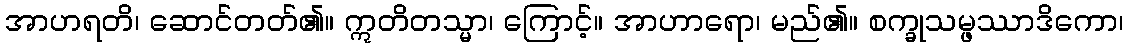
အာဟရတိ၊ ဆောင်တတ်၏။ ဣတိတသ္မာ၊ ကြောင့်။ အာဟာရော၊ မည်၏။ စက္ခုသမ္ဖဿာဒိကော၊